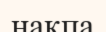
нақпа